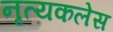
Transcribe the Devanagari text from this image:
नृत्यकलेस